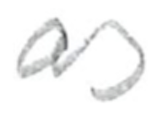
Text: as
Cross-out: clean
Writing tool: pencil